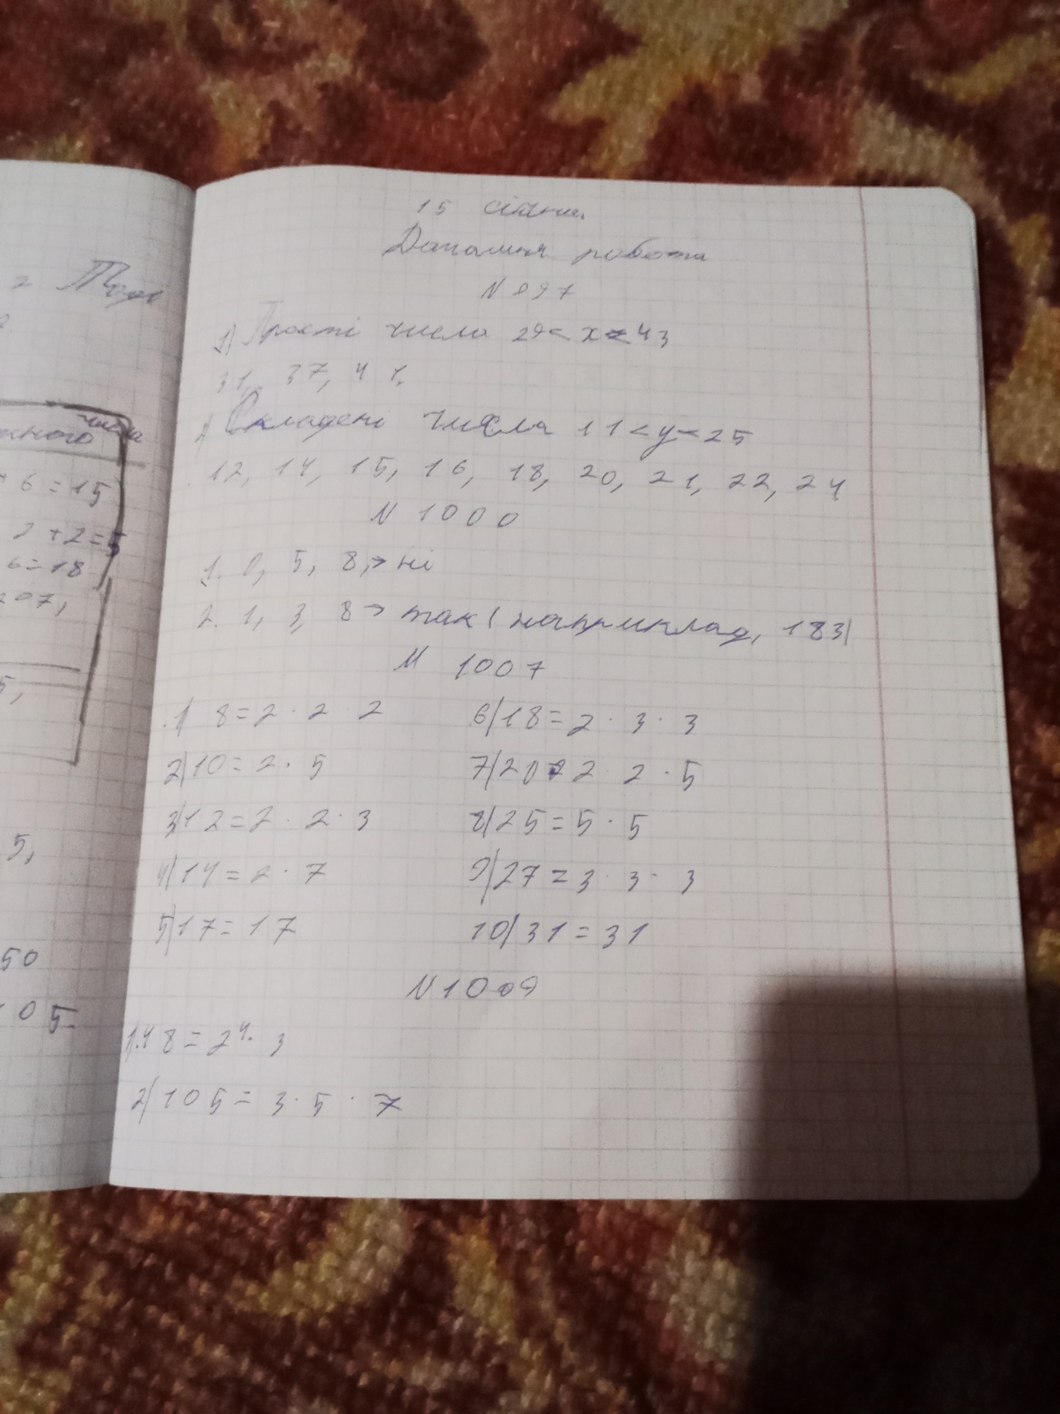
15 січня
Домашня робота
Тоді
N 897
1) Прості числа 29 < x < 43
31 37 41
1 Складені числа 11 < у < 25
числа
12, 14, 15, 16, 18, 20, 21, 22, 24
6 = 15
N 1000
3+2 = 5
1. 0, 5, 8, → ні
6 = 18
07
2. 1, 3, 8 → так (наприклад, 183)
№ 1007
1) 8 = 2 ⋅ 2 ⋅ 2
6) 18 = 2 · 3 · 3
2) 10 = 2 ⋅ 5
7) 20 = 2 ⋅ 2 ⋅ 5
8) 25 = 5 · 5
3) 12 = 2 · 2 · 3
5,
4) 14 = 2 · 7
9) 27 = 3 ⋅ 3 ⋅ 3
5) 17 = 17
10) 31 = 31
50
N 1009
05.
1) 48 = 2^4 ⋅ 3
2) 105 = 3 · 5 · 7